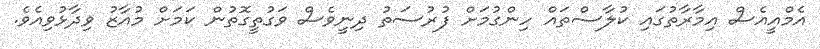
އެމްއީއެސް އިމާރާތުގައި ކުލާސްތައް ހިންގުމަށް ފުރުސަތު ދިނީވެސް ވަގުތީގޮތުން ކަމަށް މުއާޒު ވިދާޅުވިއެވެ.